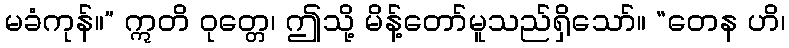
မခံကုန်။” ဣတိ ဝုတ္တေ၊ ဤသို့ မိန့်တော်မူသည်ရှိသော်။ “တေန ဟိ၊